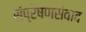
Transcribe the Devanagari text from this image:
संप्रेषणसंवाद